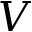
V